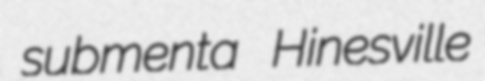
submenta Hinesville